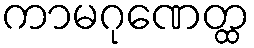
ကာမဂုဏေတ္ထ